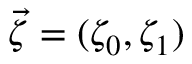
\vec { \zeta } = ( \zeta _ { 0 } , \zeta _ { 1 } )